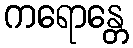
ကရောန္တေ